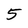
Character: 5